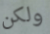
ولكن